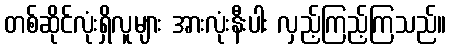
တစ်ဆိုင်လုံးရှိလူများ အားလုံးနီးပါး လှည့်ကြည့်ကြသည်။